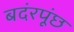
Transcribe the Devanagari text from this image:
बदंरपूंछ